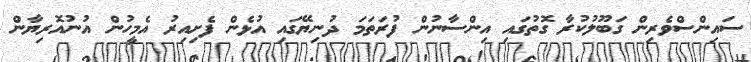
ސައިންސްވެރިން ގަބޫލުކުރާ ގޮތުގައި އިންސާނުން ފުރަތަމަ ދުނިޔޭގައި އުޅެން ފެށިއިރު އެމީހުން އުނުއޮރިޔާން